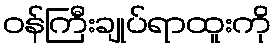
ဝန်ကြီးချုပ်ရာထူးကို